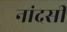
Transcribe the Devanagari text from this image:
नांदसी